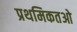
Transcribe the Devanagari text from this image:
प्रथमिकतओ